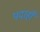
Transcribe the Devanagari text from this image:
पदार्हों